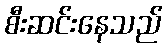
စီးဆင်းနေသည်